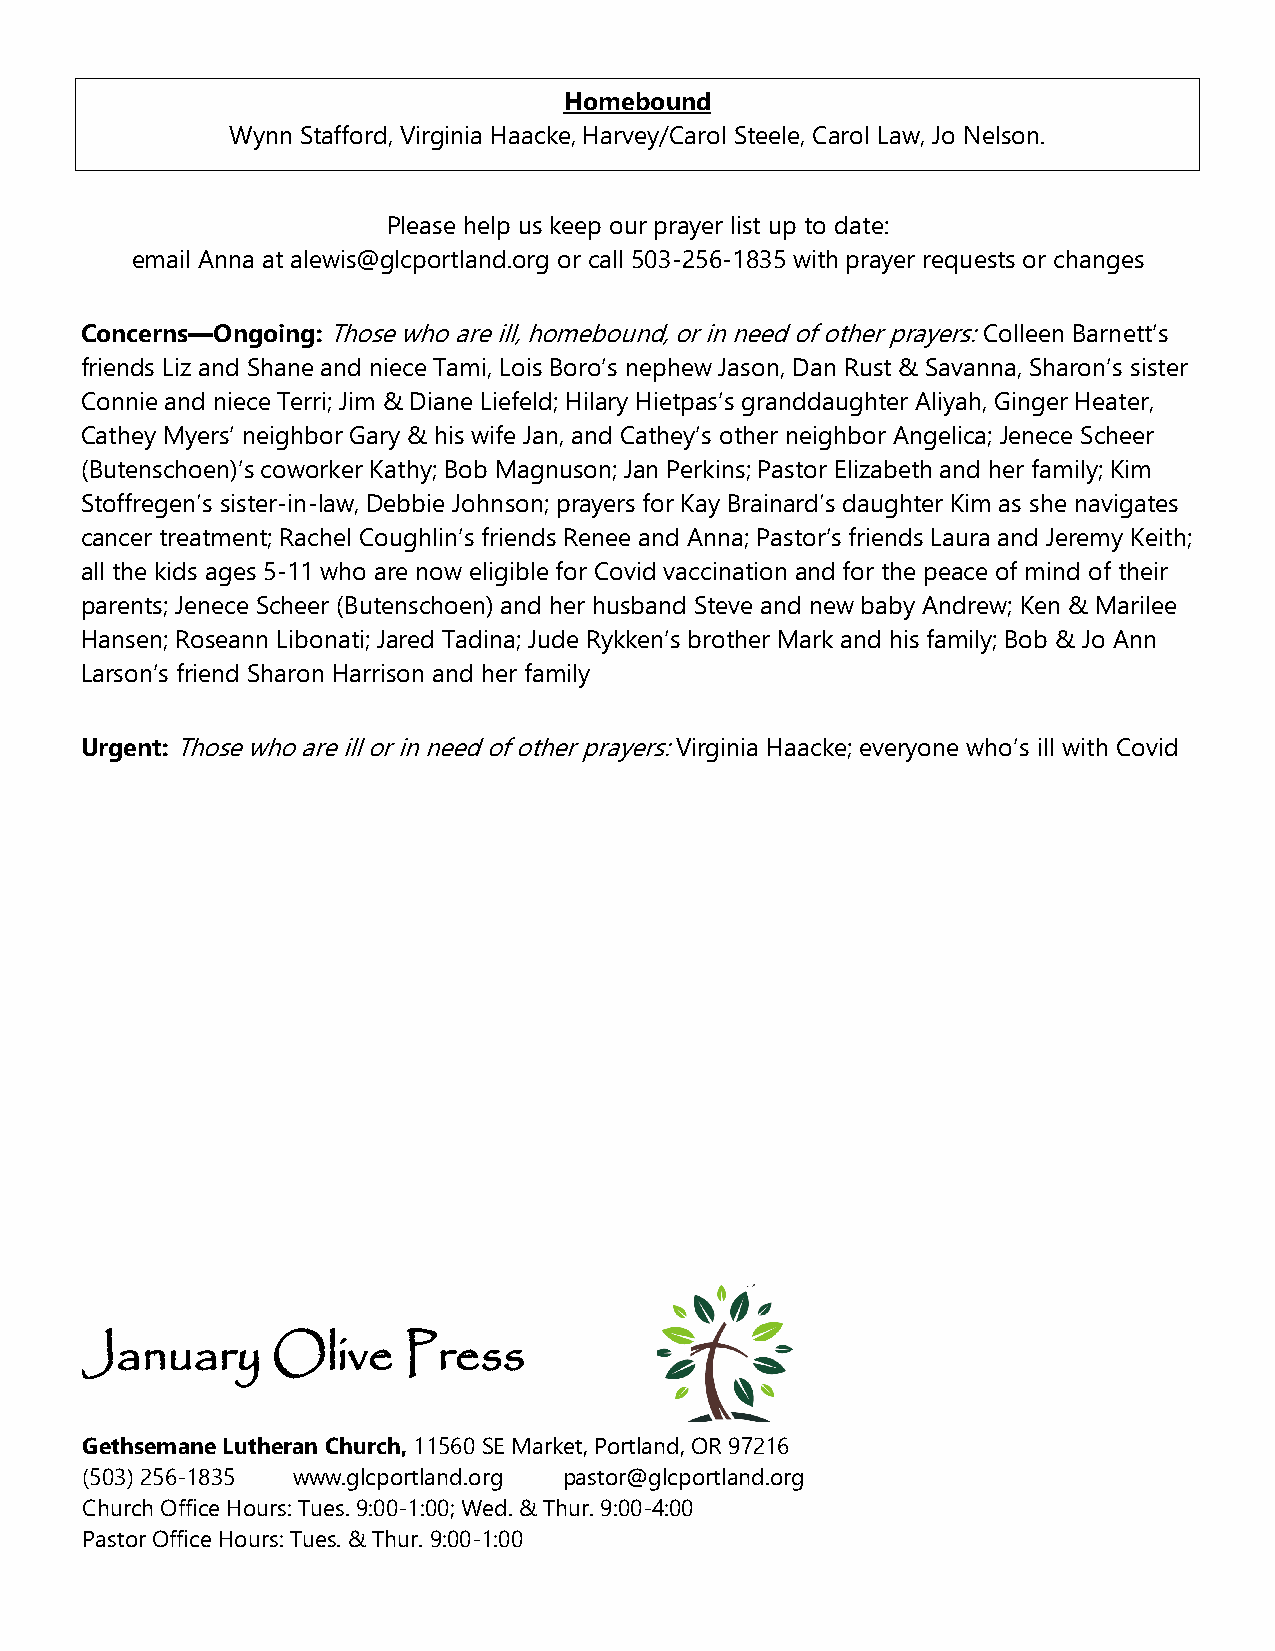
Homebound
 Wynn Stafford, Virginia Haacke, Harvey/Carol Steele, Carol Law, Jo Nelson.
 Please help us keep our prayer list up to date:
 email Anna at alewis@glcportland.org or call 503-256-1835 with prayer requests or changes
 Concerns—Ongoing: Those who are ill, homebound, or in need of other prayers: Colleen Barnett’s
 friends Liz and Shane and niece Tami, Lois Boro’s nephew Jason, Dan Rust & Savanna, Sharon’s sister
 Connie and niece Terri; Jim & Diane Liefeld; Hilary Hietpas’s granddaughter Aliyah, Ginger Heater,
 Cathey Myers’ neighbor Gary & his wife Jan, and Cathey’s other neighbor Angelica; Jenece Scheer
 (Butenschoen)’s coworker Kathy; Bob Magnuson; Jan Perkins; Pastor Elizabeth and her family; Kim
 Stoffregen’s sister-in-law, Debbie Johnson; prayers for Kay Brainard’s daughter Kim as she navigates
 cancer treatment; Rachel Coughlin’s friends Renee and Anna; Pastor’s friends Laura and Jeremy Keith;
 all the kids ages 5-11 who are now eligible for Covid vaccination and for the peace of mind of their
 parents; Jenece Scheer (Butenschoen) and her husband Steve and new baby Andrew; Ken & Marilee
 Hansen; Roseann Libonati; Jared Tadina; Jude Rykken’s brother Mark and his family; Bob & Jo Ann
 Larson’s friend Sharon Harrison and her family
 Urgent: Those who are ill or in need of other prayers: Virginia Haacke; everyone who’s ill with Covid
 January      Olive    Press
 Gethsemane Lutheran Church, 11560 SE Market, Portland, OR 97216
 (503) 256-1835 www.glcportland.org pastor@glcportland.org
 Church Office Hours: Tues. 9:00-1:00; Wed. & Thur. 9:00-4:00
 Pastor Office Hours: Tues. & Thur. 9:00-1:00